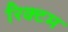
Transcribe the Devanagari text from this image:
रिक्टम